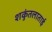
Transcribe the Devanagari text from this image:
शकुंतलाताई